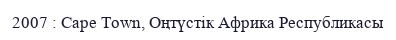
2007 : Cape Town, Оңтүстік Африка Республикасы